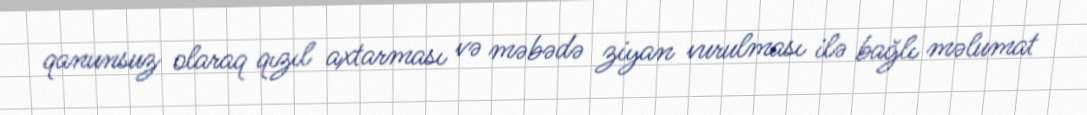
qanunsuz olaraq qızıl axtarması və məbədə ziyan vurulması ilə bağlı məlumat